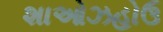
શાઓઝહોઉ